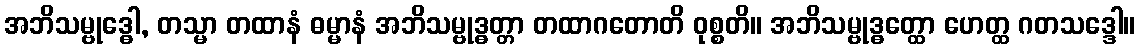
အဘိသမ္ဗုဒ္ဓေါ, တသ္မာ တထာနံ ဓမ္မာနံ အဘိသမ္ဗုဒ္ဓတ္တာ တထာဂတောတိ ဝုစ္စတိ။ အဘိသမ္ဗုဒ္ဓတ္ထော ဟေတ္ထ ဂတသဒ္ဒေါ။